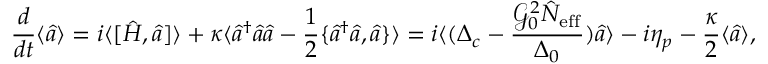
\frac { d } { d t } \langle \hat { a } \rangle = i \langle [ \hat { H } , \hat { a } ] \rangle + \kappa \langle \hat { a } ^ { \dagger } \hat { a } \hat { a } - \frac { 1 } { 2 } \{ \hat { a } ^ { \dagger } \hat { a } , \hat { a } \} \rangle = i \langle ( \Delta _ { c } - \frac { \mathcal { G } _ { 0 } ^ { 2 } \hat { N } _ { \mathrm { e f f } } } { \Delta _ { 0 } } ) \hat { a } \rangle - i \eta _ { p } - \frac { \kappa } { 2 } \langle \hat { a } \rangle ,